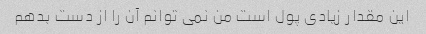
این مقدار زیادی پول است من نمی توانم آن را از دست بدهم